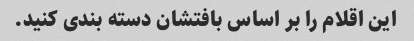
این اقلام را بر اساس بافتشان دسته بندی کنید.